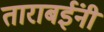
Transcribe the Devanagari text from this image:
ताराबईंनी